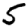
Digit: 5